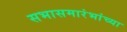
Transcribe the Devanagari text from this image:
सभासमारंभांच्या